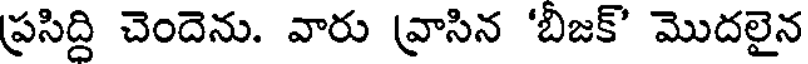
ప్రసిద్ది చెందెను. వారు వ్రాసిన 'బిజక్' మొదలైన